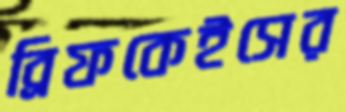
ব্রিফকেইসের